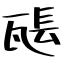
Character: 𤭖